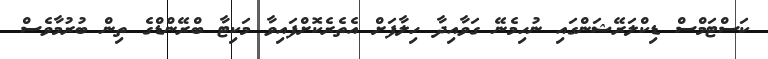
ކަސްޓަމްސް ޑިކްލަރޭޝަންގައި ނުހިމެނޭ ގަވާއިދާ ހިލާފަށް އެތެރެކޮށްފައިވާ މަކިޓާ ބްރޭންޑްގެ ތިން ބުރުމާވެސް